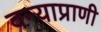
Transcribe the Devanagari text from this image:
वन्याप्राणी